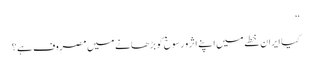
‘‘
کیا ایران خطے میں اپنے اثرو رسوخ کو بڑھانے میں مصروف ہے؟